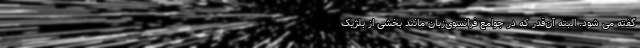
گفته می شود. البته آن‌قدر که در جوامع فرانسوی‌زبان مانند بخشی از بلژیک